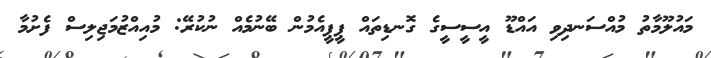
މައުލޫމާތު މުއްސަނދިވި އައްޑޫ އީސީސީގެ ގޮނޑިތައް ޕީޕީއެމުން ބޭނުމެއް ނުކުރޭ: މުއިއްޒުމަޖިލިސް ފެށުމާ